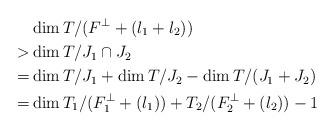
LaTeX: \begin{align*} & \dim T/(F^\perp + (l_1 + l_2))\\> & \dim T/J_1\cap J_2 \\= & \dim T/J_1 + \dim T/ J_2 - \dim T/(J_1+J_2) \\= & \dim T_1/(F_1^\perp + (l_1)) + T_2/(F_2^\perp + (l_2)) - 1\\\end{align*}